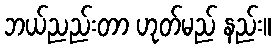
ဘယ်ညည်းတာ ဟုတ်မည် နည်း။